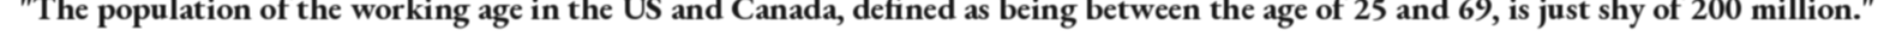
"The population of the working age in the US and Canada, defined as being between the age of 25 and 69, is just shy of 200 million."